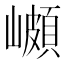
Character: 𭗣